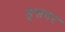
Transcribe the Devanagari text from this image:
हसवर